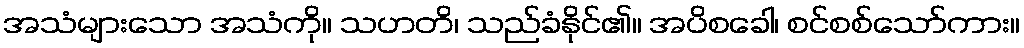
အသံများသော အသံကို။ သဟတိ၊ သည်ခံနိုင်၏။ အပိစခေါ၊ စင်စစ်သော်ကား။